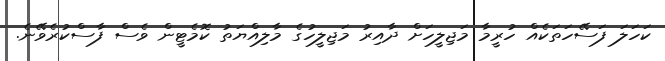
ކަހަލަ ފަސޭހަތަކެއް ހުރީމާ މަޖިލީހަށް ދާއިރު މަޖިލީހުގެ މާލިއްޔަތު ކޮމެޓީން ވެސް ފާސްކުރެވޭނެ.